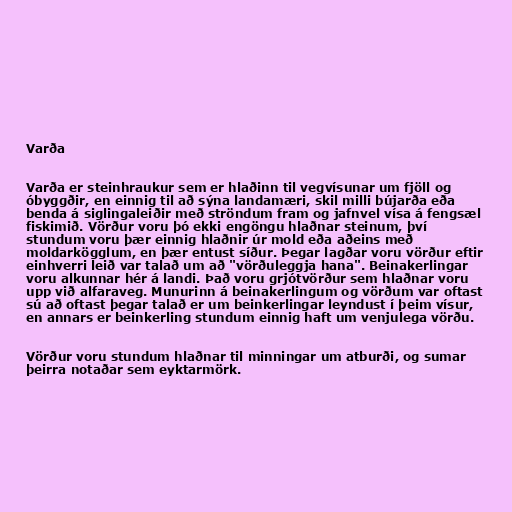
Varða

Varða er steinhraukur sem er hlaðinn til vegvísunar um fjöll og
óbyggðir, en einnig til að sýna landamæri, skil milli bújarða eða
benda á siglingaleiðir með ströndum fram og jafnvel vísa á fengsæl
fiskimið. Vörður voru þó ekki engöngu hlaðnar steinum, því
stundum voru þær einnig hlaðnir úr mold eða aðeins með
moldarkögglum, en þær entust síður. Þegar lagðar voru vörður eftir
einhverri leið var talað um að "vörðuleggja hana". Beinakerlingar
voru alkunnar hér á landi. Það voru grjótvörður sem hlaðnar voru
upp við alfaraveg. Munurinn á beinakerlingum og vörðum var oftast
sú að oftast þegar talað er um beinkerlingar leyndust í þeim vísur,
en annars er beinkerling stundum einnig haft um venjulega vörðu.

Vörður voru stundum hlaðnar til minningar um atburði, og sumar
þeirra notaðar sem eyktarmörk.